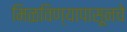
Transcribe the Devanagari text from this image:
मिळविण्यापासूनचे